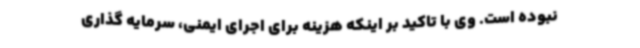
نبوده است. وی با تاکید بر اینکه هزینه برای اجرای ایمنی، سرمایه گذاری